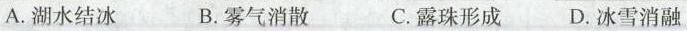
A.湖水结冰 B.雾气消散 C.露珠形成 D.冰雪消融